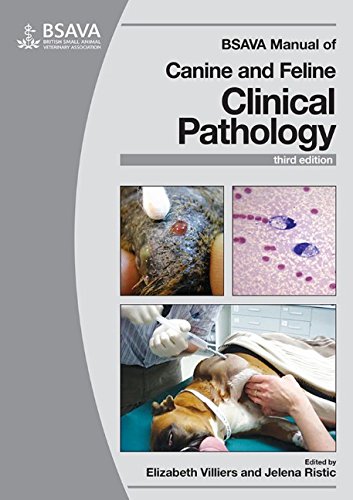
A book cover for BSAVA Manual of Canine and Feline Clinical Pathology; Medical Books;